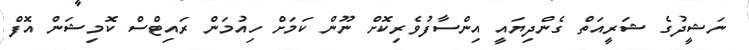
ނަޝީދުގެ ޝަރީއަތް ގެންދިޔައީ އިންސާފުވެރިކޮށް ނޫން ކަމަށް ހިއުމަން ރައިޓްސް ކޮމިޝަން އޮފް